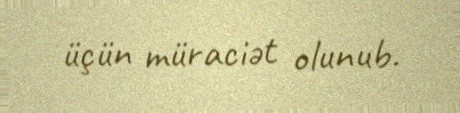
üçün müraciət olunub.